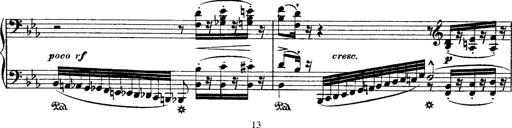
Title: Ã‰tudes d'exÃ©cution transcendante d'aprÃ¨s Paganini
Composer: Franz Liszt